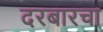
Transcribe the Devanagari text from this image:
दरबारचा